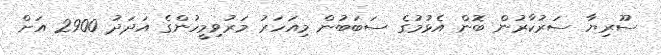
ސޫރިޔާ ސަރުކާރުން ބޮން އެޅުމުގެ ސަބަބުން މިއަހަރު މަރުވިމީހުންގެ އަދަދު 2900 އަށް